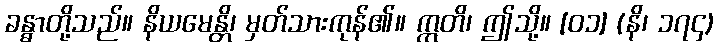
ခန္ဓာတို့သည်။ နိယမေန္တိ၊ မှတ်သားကုန်၏။ ဣတိ၊ ဤသို့။ [၀၁] (နိ၊ ၁၇၄)